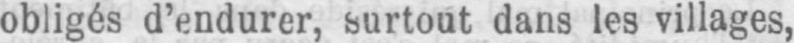
obligés d’endurer, surtout dans les villages,